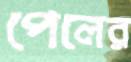
পেলের